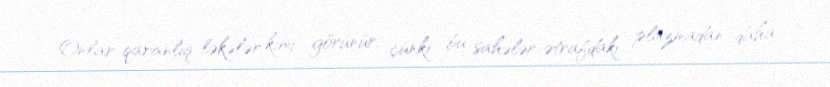
Onlar qaranlıq ləkələr kimi görünür, çünki bu sahələr ətrafdakı plazmadan daha